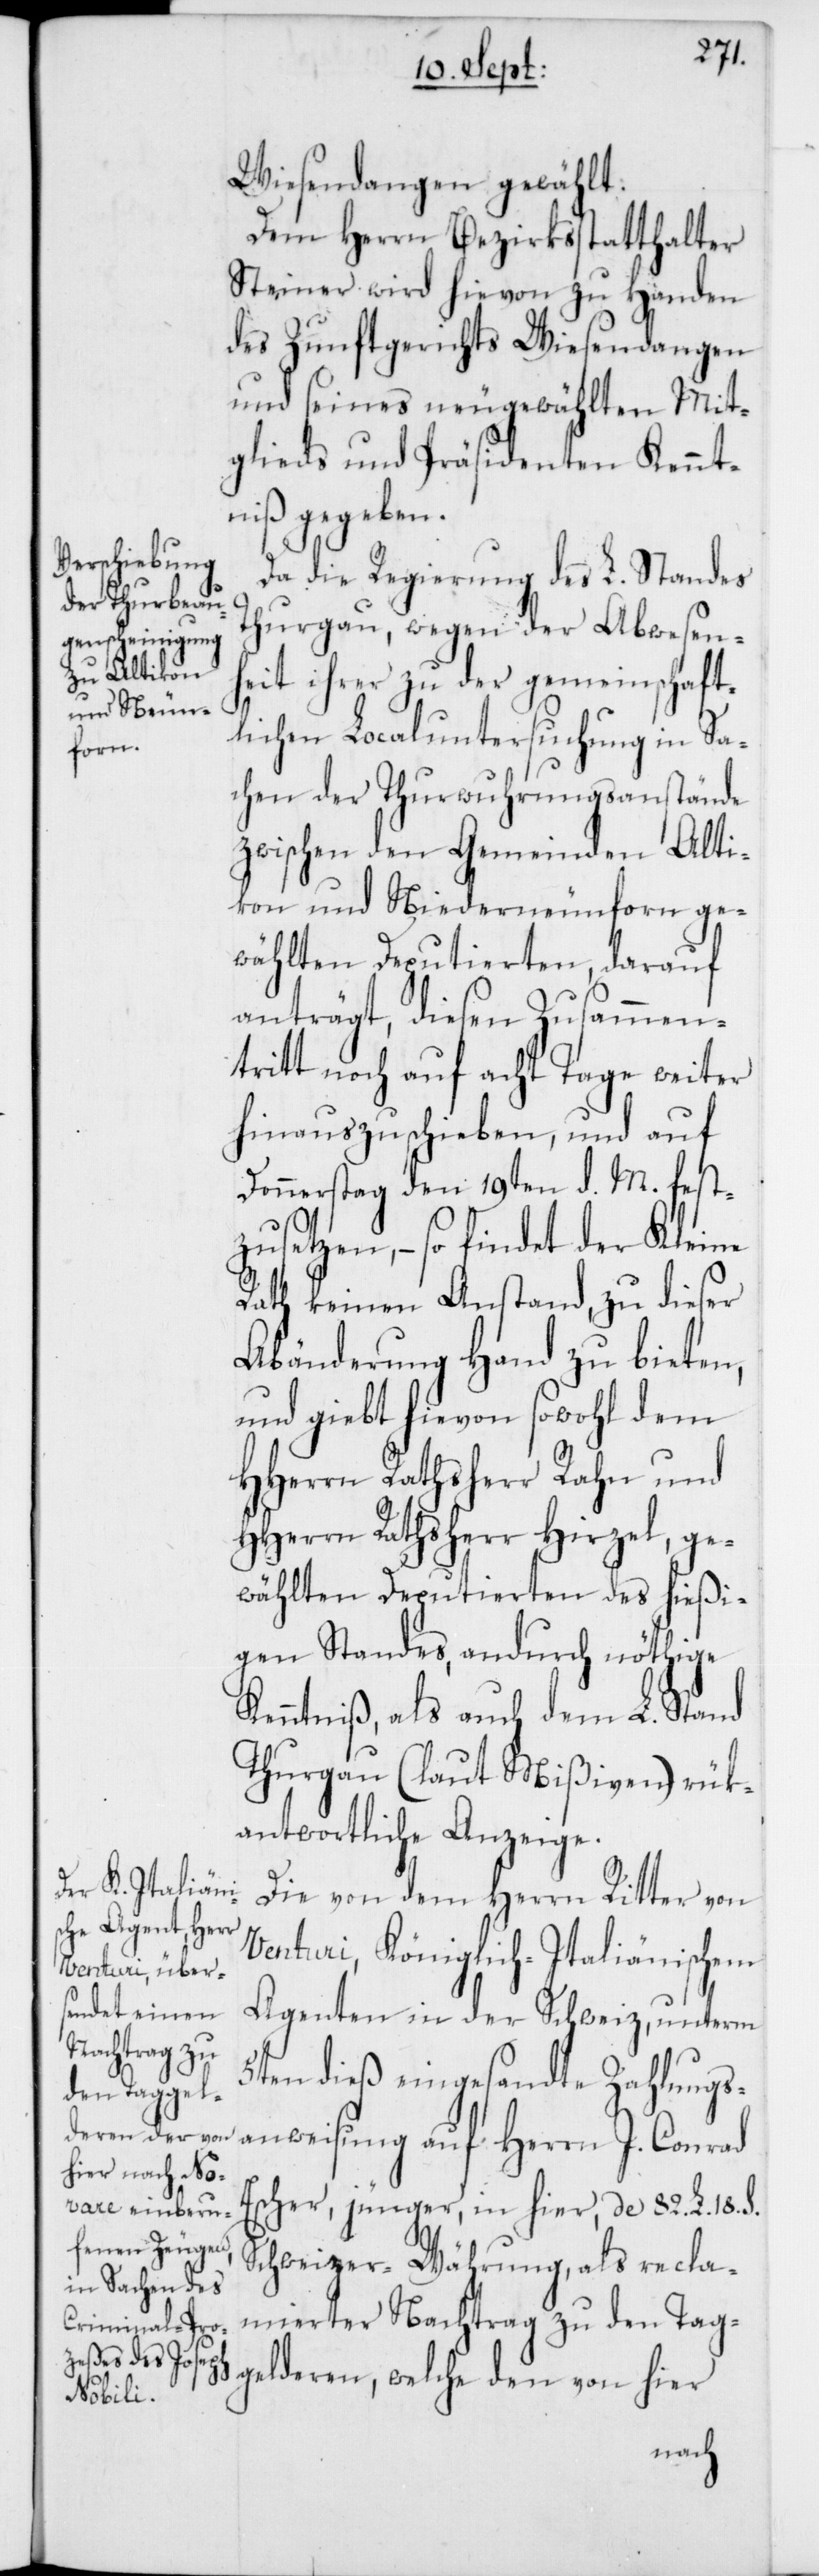
Wiesendangen gewählt.
Dem Herrn Bezirksstatthalter
Steiner wird hievon zu Handen
des Zunftgerichts Wiesendangen
und seines neugewählten Mit¬
glieds und Präsidenten Kennt¬
niß gegeben.
Da die Regierung des L. Standes
Thurgau, wegen der Abwesenh¬
eit ihrer zu der gemeinschaft¬
lichen Localuntersuchung in Sa¬
chen der Thurwuhrungsanstände
zwischen den Gemeinden Alti¬
kon und Niederneunforn ge¬
wählten Deputierten, darauf
anträgt, diesen Zusammen¬
tritt noch auf acht Tage weiter
hinauszuschieben, und auf
Donnerstag den 19ten d. M. fest¬
zusetzen, – so findet der Kleine
Rath keinen Anstand, zu dieser
Abänderung Hand zu bieten,
und giebt hievon sowohl dem
HHerrn Rathsherr Rahn und
HHerrn Rathsherr Hirzel, ge¬
wählten Deputierten des hießi¬
gen Standes, andurch nöthige
Kenntniß, als auch dem L. Stand
Thurgau (laut Mißiven) rük¬
antwortliche Anzeige.
Die von dem Herrn Ritter von
Venturi, Königlich-Italiänischem
Agenten in der Schweiz, unterm
5ten dieß eingesandte Zahlungs¬
anweisung auf Herrn J. Conrad
Escher, jünger, in hier, de 82. L. 18. S.
Schweizer-Währung, als recla¬
mierter Nachtrag zu den Tag¬
gelderen, welche den von hier